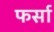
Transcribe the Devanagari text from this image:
फर्सा